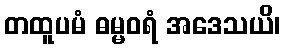
တထူပမံ ဓမ္မဝရံ အဒေသယိ၊